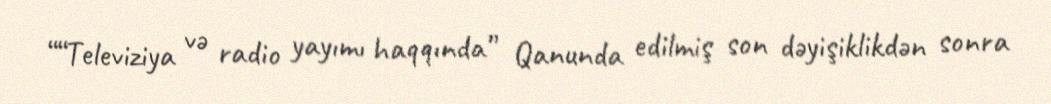
““Televiziya və radio yayımı haqqında” Qanunda edilmiş son dəyişiklikdən sonra